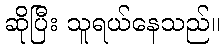
ဆိုပြီး သူရယ်နေသည်။